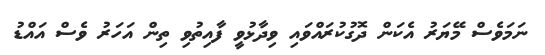
ނަމަވެސް މޭޔަރު އެކަން ދޮގުކުރައްވައި ވިދާޅުވީ ފާއިތުވި ތިން އަހަރު ވެސް އައްޑު